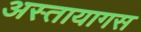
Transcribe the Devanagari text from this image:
अस्तायागस